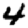
Digit: 4